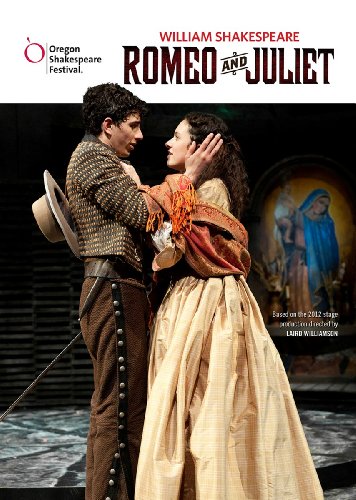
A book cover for Romeo and Juliet (Oregon Shakespeare Festival Audio Theater)(Library Edition); William Shakespeare; Comics & Graphic Novels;